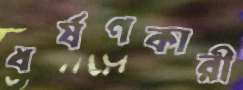
ধর্ষণকারী